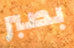
بصبر